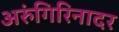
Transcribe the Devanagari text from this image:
अरुंगिरिनादर